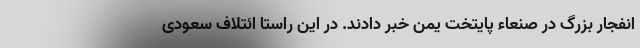
انفجار بزرگ در صنعاء پایتخت یمن خبر دادند. در این راستا ائتلاف سعودی